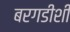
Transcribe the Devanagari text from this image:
बरगडीशी